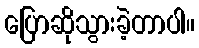
ပြောဆိုသွားခဲ့တာပါ။